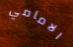
الامامي